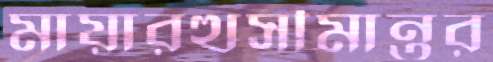
মায়ারত্থসীমান্তর